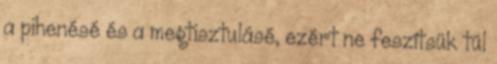
a pihenésé és a megtisztulásé, ezért ne feszítsük túl